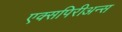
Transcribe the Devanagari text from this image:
एक्सपिरीअन्स